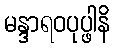
မန္ဒာရဝပုပ္ဖါနိ